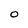
Character: O